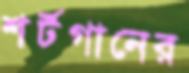
শর্টগানের